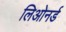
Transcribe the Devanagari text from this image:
लिओनर्ड